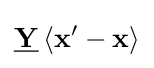
{\underline {\mathbf {Y} }}\left\langle \mathbf {x} ^{\prime }-\mathbf {x} \right\rangle